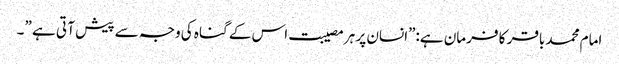
امام محمد باقر کا فرمان ہے:”انسان پر ہر مصیبت اس کے گناہ کی وجہ سے پیش آ تی ہے ”۔